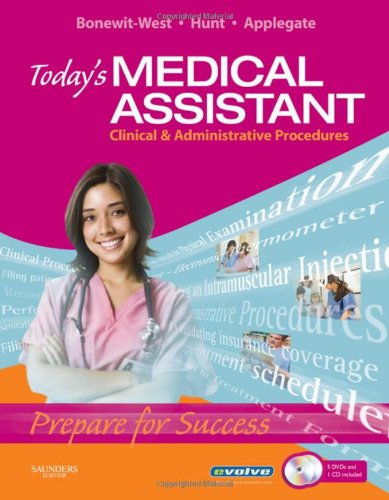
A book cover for Today's Medical Assistant: Clinical & Administrative Procedures, 1e; Kathy Bonewit-West BS  MEd; Medical Books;